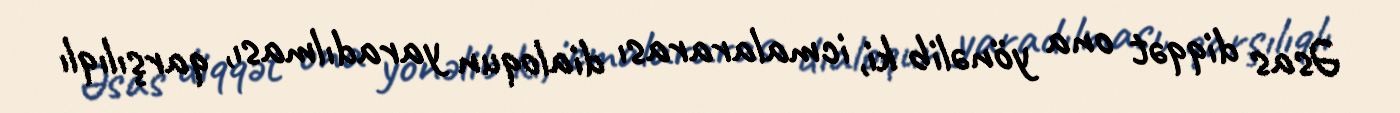
Əsas diqqət ona yönəlib ki, icmalararası dialoqun yaradılması, qarşılıqlı